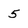
Character: 5